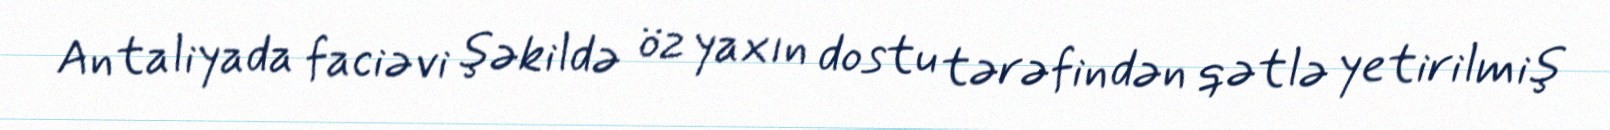
Antaliyada faciəvi şəkildə öz yaxın dostu tərəfindən qətlə yetirilmiş